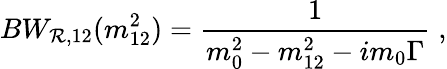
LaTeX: BW_{\mathcal{R},12}(m_{12}^{2})=\frac{{1}}{{m_{0}^{2}-m_{12}^{2}-im_{0}\Gamma}}\; ,